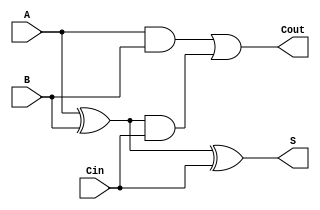
module Full_Adder( 
  input A, B, Cin, 
  output S, Cout
  );  
    wire a1, a2, a3;    
    xor u1(a1,A,B);
 and u2(a2,A,B);
 and u3(a3,a1,Cin);
 or u4(Cout,a2,a3);
    xor u5(S,a1,Cin); 
endmodule